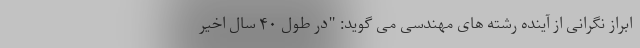
ابراز نگرانی از آینده رشته های مهندسی می گوید: "در طول ۴۰ سال اخیر